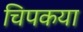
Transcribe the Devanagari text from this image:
चिपकया